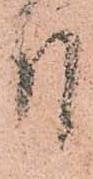
付